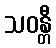
သဝန္တီ